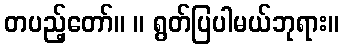
တပည့်တော်။ ။ ရွတ်ပြပါမယ်ဘုရား။